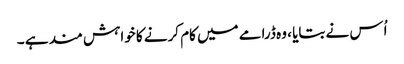
اُس نے بتایا ، وہ ڈرامے میں کام کرنے کا خواہش مند ہے ۔